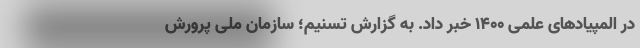
در المپیادهای علمی ۱۴۰۰ خبر داد. به گزارش تسنیم؛ سازمان ملی پرورش